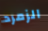
الزمرد